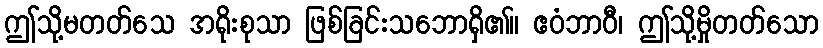
ဤသို့မတတ်သေ အရိုးစုသာ ဖြစ်ခြင်းသဘောရှိ၏။ ဧဝံဘာဝီ၊ ဤသို့မှိုတတ်သော